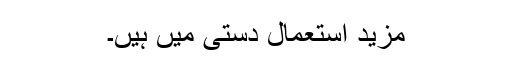
مزید استعمال دستی میں ہیں۔